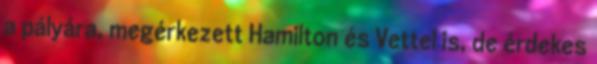
a pályára, megérkezett Hamilton és Vettel is, de érdekes